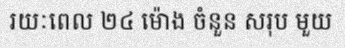
រយៈពេល ២៤ ម៉ោង ចំនួន សរុប មួយ